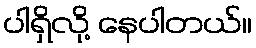
ပါရှိလို့ နေပါတယ်။